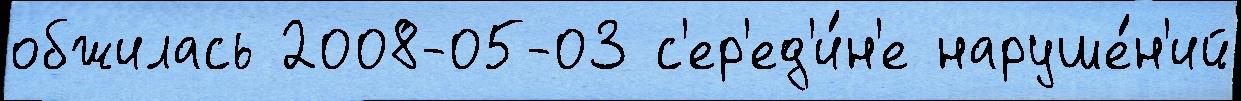
обжилась 2008-05-03 с'ер'ед'и́н'е наруше́н'ий